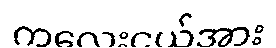
ကလေးငယ်အား